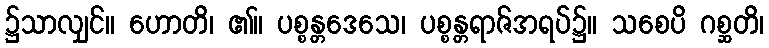
၌သာလျှင်။ ဟောတိ၊ ၏။ ပစ္စန္တဒေသေ၊ ပစ္စန္တရာဇ်အရပ်၌။ သစေပိ ဂစ္ဆတိ၊